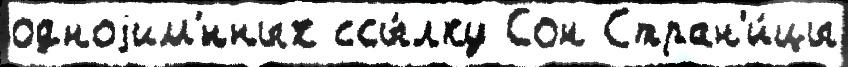
одноjим'́нных ссы́лку Сон Стран'и́цы